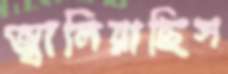
জ্বালিয়াছিস